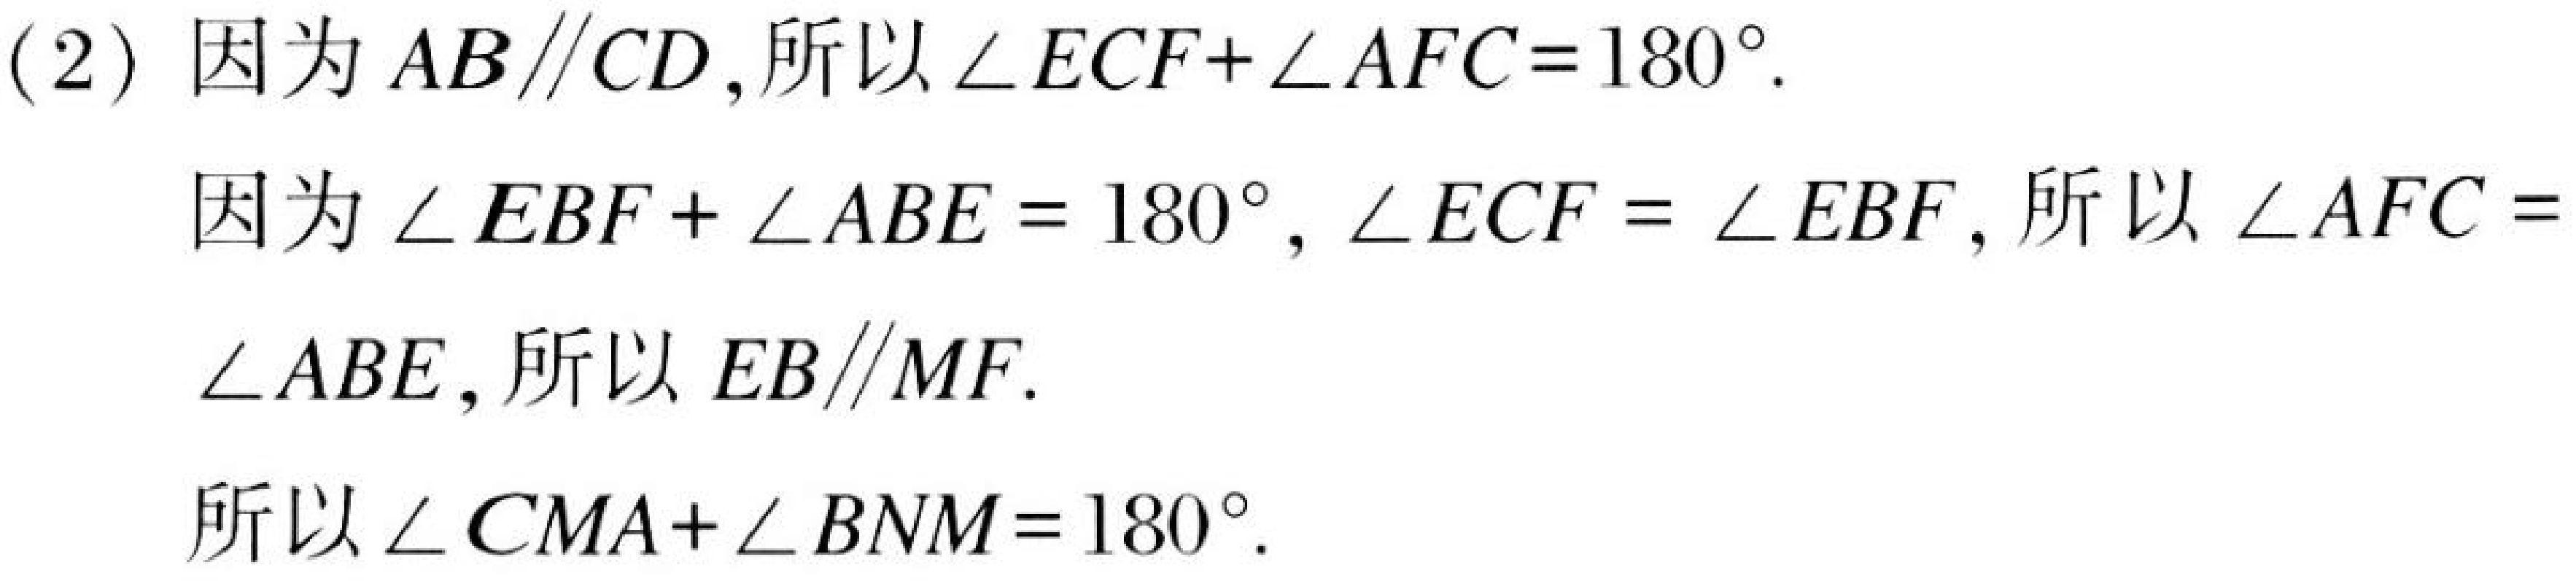
(2) 因为\(AB\parallel CD\),所以\(\angle ECF+\angle AFC = 180^{\circ}\).
因为\(\angle EBF+\angle ABE = 180^{\circ}\), \(\angle ECF=\angle EBF\), 所以\(\angle AFC = \)
\(\angle ABE\), 所以\(EB\parallel MF\).
所以\(\angle CMA+\angle BNM = 180^{\circ}\).